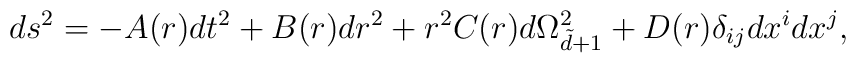
ds^2=-A(r)dt^2 +B(r)dr^2 +r^2 C(r)d\Omega_{\tilde d+1}^2+D(r)\delta_{ij}dx^i dx^j,